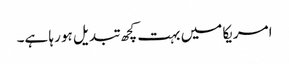
امریکا میں بہت کچھ تبدیل ہو رہا ہے۔